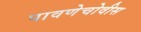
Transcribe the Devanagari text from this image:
पावणेचोवीस